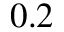
0 . 2